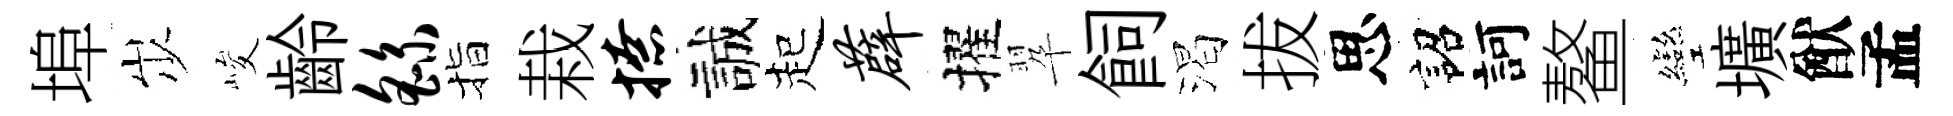
埠𡵯峻齡繇指栽撩誠起薜擢翆飼渴拔思詔訶鳌彎壙猷孟